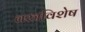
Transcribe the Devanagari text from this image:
वस्त्रविशेष